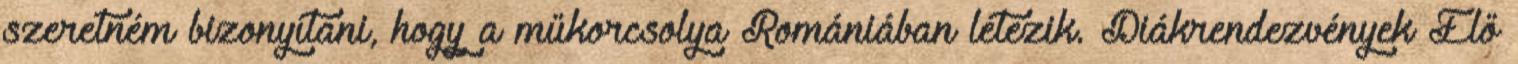
szeretném bizonyítani, hogy a műkorcsolya Romániában létezik. Diákrendezvények Élő